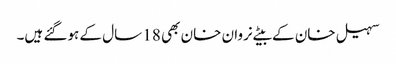
سہیل خان کے بیٹے نروان خان بھی 18 سال کے ہوگئے ہیں۔